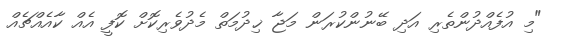
"މި އުފެއްދުންތެރި އަދި ބޭނުންކުރަން މަޖާ ޚިދުމަތް މެދުވެރިކޮށް ކޮފީ އެއް ކާއެއްޗެއް